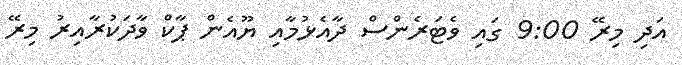
އަދި މިރޭ 9:00 ގައި ވެޓަރެންސް ދާއެޅުމާއި ޔޫއެން ޕާކް ވާދަކުރާއިރު މިރޭ